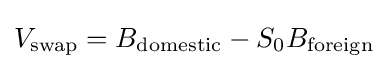
V_{\mathrm {swap} }=B_{\mathrm {domestic} }-S_{0}B_{\mathrm {foreign} }